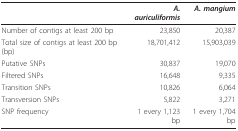
<table><thead><tr><td></td><td><b><i>A. auriculiformis</i></b></td><td><b><i>A. mangium</i></b></td></tr></thead><tbody><tr><td>Number of contigs at least 200 bp</td><td>23,850</td><td>20,387</td></tr><tr><td>Total size of contigs at least 200 bp (bp)</td><td>18,701,412</td><td>15,903,039</td></tr><tr><td>Putative SNPs</td><td>30,837</td><td>19,070</td></tr><tr><td>Filtered SNPs</td><td>16,648</td><td>9,335</td></tr><tr><td>Transition SNPs</td><td>10,826</td><td>6,064</td></tr><tr><td>Transversion SNPs</td><td>5,822</td><td>3,271</td></tr><tr><td>SNP frequency</td><td>1 every 1,123 bp</td><td>1 every 1,704 bp</td></tr></tbody></table>